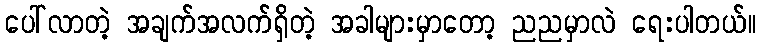
ပေါ်လာတဲ့ အချက်အလက်ရှိတဲ့ အခါများမှာတော့ ညညမှာလဲ ရေးပါတယ်။